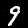
Digit: 9